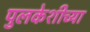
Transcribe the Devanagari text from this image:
पुलकेशीच्या